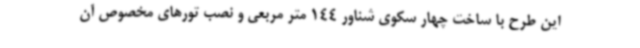
این طرح با ساخت چهار سکوی شناور 144 متر مربعی و نصب تورهای مخصوص آن